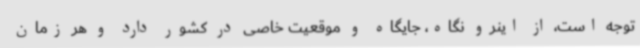
توجه است، از اینرو نگاه، جایگاه و موقعیت خاصی در کشور دارد و هر زمان